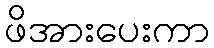
ဖိအားပေးကာ